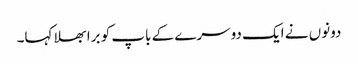
دونوں نے ایک دوسرے کے باپ کو برا بھلا کہا۔